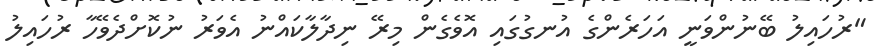
"ރުހައިލު ބޭނުންވަނީ އަހަރެންގެ އުނގުގައި އޮވެގެން މިރޭ ނިދާލާކައްނު އެވަރު ނުކޮށްދެވޭހާ ރުހައިލު